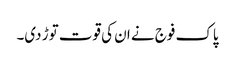
پاک فوج نے ان کی قوت توڑ دی۔